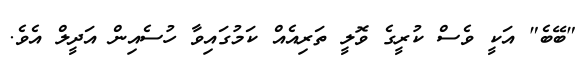
"ބޭބެ" އަކީ ވެސް ކުރީގެ ވޮލީ ތަރިއެއް ކަމުގައިވާ ހުސެއިން އަދީލް އެވެ.